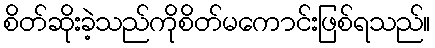
စိတ်ဆိုးခဲ့သည်ကိုစိတ်မကောင်းဖြစ်ရသည်။